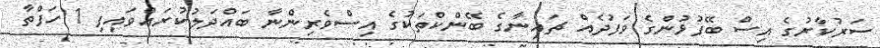
ސަރުކާރުގެ އިސް ބޭފުޅުންގެ ވަފުދެއް ޗައިނާގެ ބޭންކްތަކުގެ އިސްވެރިންނާ ބައްދަލުކުރައްވައިފި 1 ހަފްތާ